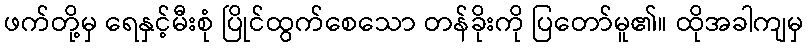
ဖက်တို့မှ ရေနှင့်မီးစုံ ပြိုင်ထွက်စေသော တန်ခိုးကို ပြတော်မူ၏။ ထိုအခါကျမှ